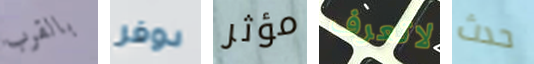
بالقرب دوفر مؤثر لاتعرف حدث